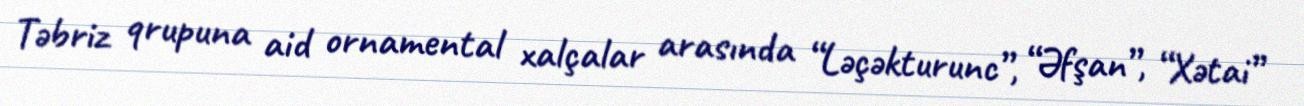
Təbriz qrupuna aid ornamental xalçalar arasında “Ləçəkturunc”, “Əfşan”, “Xətai”